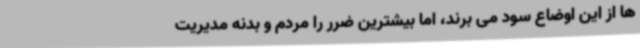
ها از این اوضاع سود می برند، اما بیشترین ضرر را مردم و بدنه مدیریت